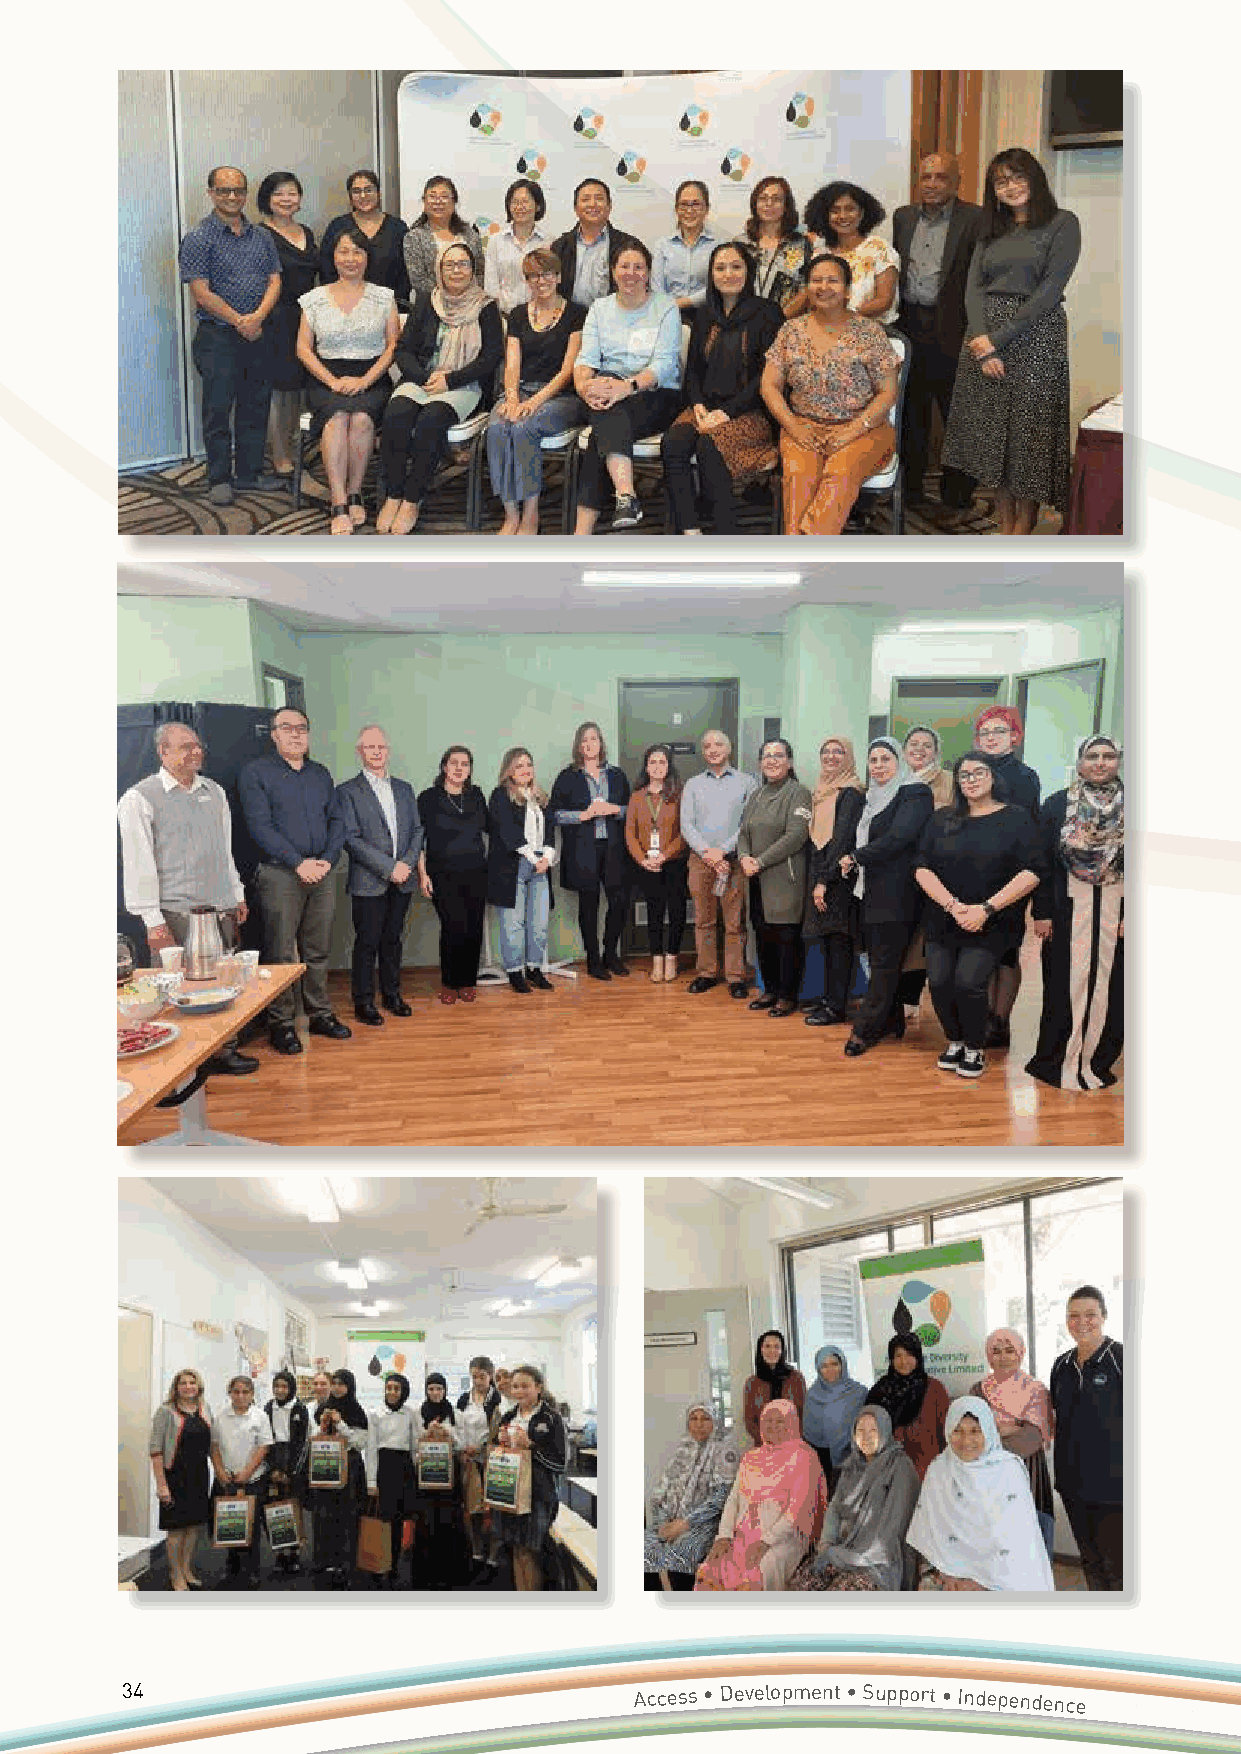
34                                Access • Development • Support • Independence
 Annual
 Report 2020/2021 • Accessible Diversity Services Initiative
 Limited